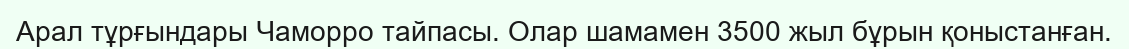
Арал тұрғындары Чаморро тайпасы. Олар шамамен 3500 жыл бұрын қоныстанған.